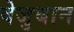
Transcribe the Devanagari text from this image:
वेजुबान